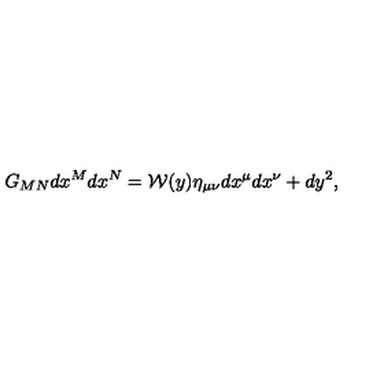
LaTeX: G _ { M N } d x ^ { M } d x ^ { N } = { \cal W } ( y ) \eta _ { \mu \nu } d x ^ { \mu } d x ^ { \nu } + d y ^ { 2 } ,